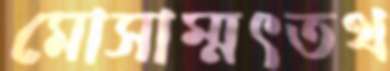
মোসাম্মৎতথ